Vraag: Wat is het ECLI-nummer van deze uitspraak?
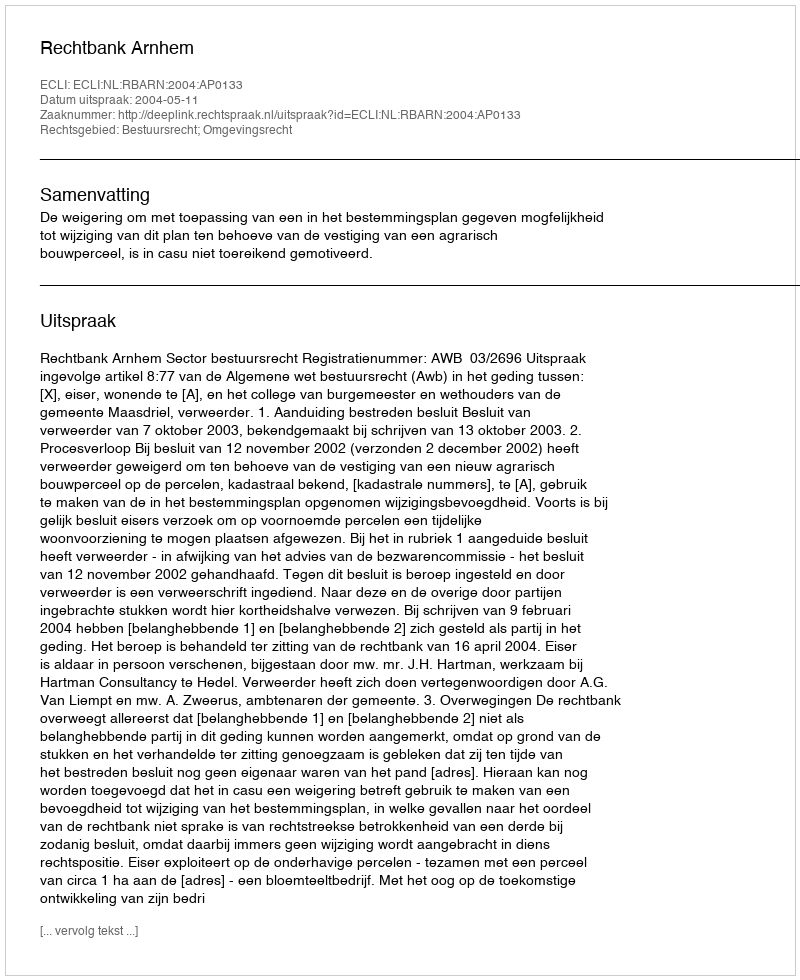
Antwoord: ECLI:NL:RBARN:2004:AP0133